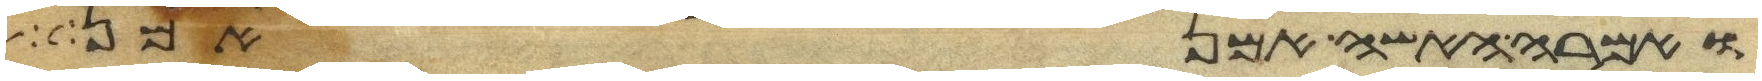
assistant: ואמרה האשה אמן אמן